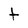
Character: t